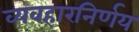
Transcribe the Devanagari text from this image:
व्यवहारनिर्णय